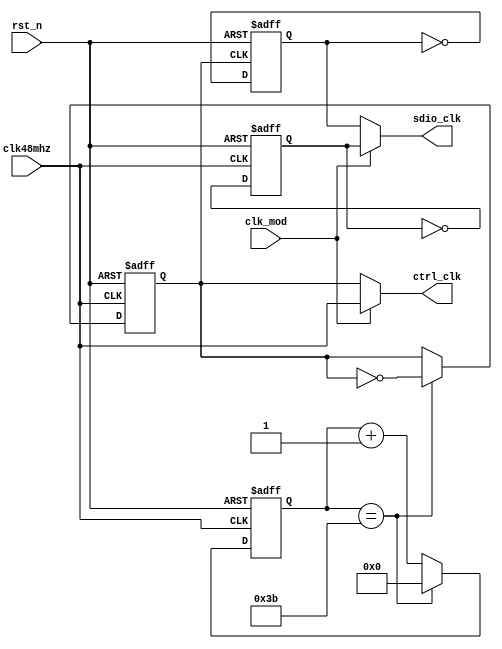
module sdio_clk_control(
    input       rst_n       ,
    input       clk48mhz    ,
    input       clk_mod     ,
    output wire ctrl_clk    ,
    output wire sdio_clk        
);

reg sdio_clk200khz, sdio_clk24mhz;
reg clk400khz;
reg [5:0] clk400khz_cnt;

assign ctrl_clk = (clk_mod == 1'd0) ? clk400khz : clk48mhz;
assign sdio_clk = (clk_mod == 1'd0) ? sdio_clk200khz : sdio_clk24mhz;
initial begin
    sdio_clk200khz  <= 1'd0;
    sdio_clk24mhz   <= 1'd0;
    clk400khz       <= 1'd0;
    clk400khz_cnt   <= 6'd0;
end

always@(posedge clk48mhz or negedge rst_n)begin
    if(~rst_n) begin
        clk400khz <= 1'd0;
        clk400khz_cnt  <= 6'd0;
    end
    else begin
        if(clk400khz_cnt == 6'd59) begin
            clk400khz_cnt   <= 6'd0;
            clk400khz       <= ~clk400khz;
        end
        else begin
            clk400khz_cnt   <= clk400khz_cnt + 6'd1;
            clk400khz       <= clk400khz;
        end
    end
end

always@(posedge clk400khz or negedge rst_n)begin
    if(~rst_n)
        sdio_clk200khz <= 1'd0;
    else
        sdio_clk200khz <= ~sdio_clk200khz;
end

always@(posedge clk48mhz or negedge rst_n)begin
    if(~rst_n)
        sdio_clk24mhz <= 1'd0;
    else
        sdio_clk24mhz <= ~sdio_clk24mhz;
end

endmodule